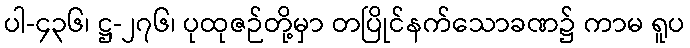
ပါ-၄၃၆၊ ဋ္ဌ-၂၇၆၊ ပုထုဇဉ်တို့မှာ တပြိုင်နက်သောခဏ၌ ကာမ ရူပ